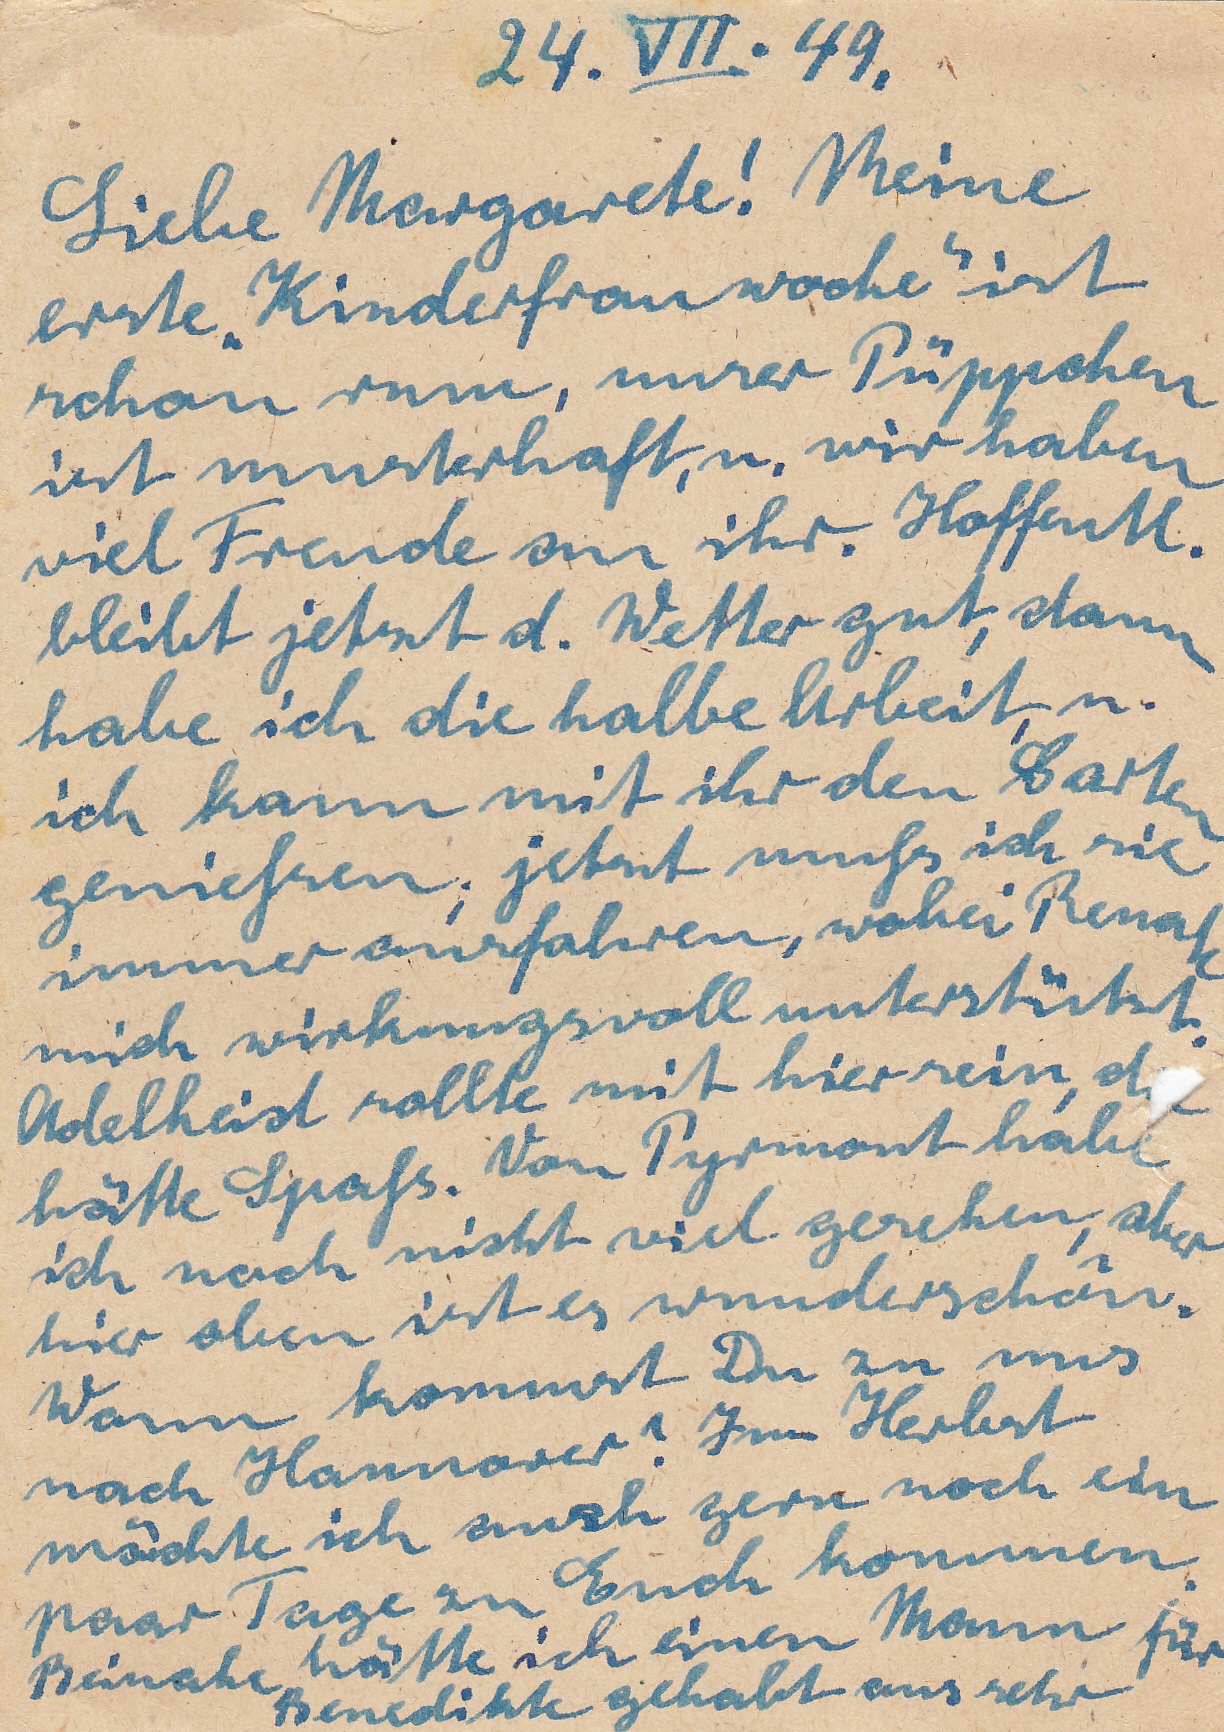
24. VII.49
Liebe Margarethe! Meine
erste Kinderfrauwoche ist
schon rum, unser Püppchen
ist musterhaft, u. wir haben
viel Freude an ihr. Hoffentl.
bleibt jetzt d. Wetter gut, dann
habe ich die halbe Arbeit, u.
ich kann mit ihr den Garten
genieß; jetzt muß ich sie
immer ausfahren, wobei Rena
mich wirkungsvikk unterstützt
Adelheid sollte mit hier sein, d
hätte Spaß. Von Pyrmont habe
ich noch nicht viel gesehen, aber
hier oben ist es wunderschön.
Wann kommst Du zu uns
nach Hannover? Im Herbst
möchte ich auch gerne noch ein
paar Tage zu Euch kommen.
Beinahe hätte ich einen Mann für
Benedikte gehabt aus sehr